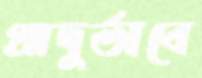
প্রাদুর্ভাবে